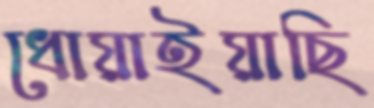
ধোয়াইয়াছি